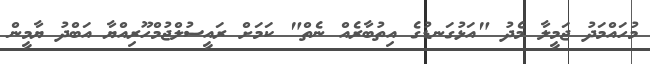
މުހައްމަދު ޖަމީލާ މެދު "އަޅުގަނޑުގެ އިތުބާރެއް ނެތް" ކަމަށް ރައީސުލްޖުމްހޫރިއްޔާ އަބްދު ޔާމީން